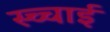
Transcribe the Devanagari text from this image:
स्च्चाई